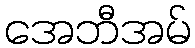
အေဘီအမ်